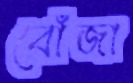
বোঁজা